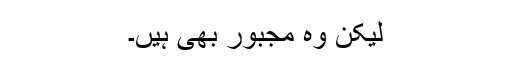
لیکن وہ مجبور بھی ہیں۔